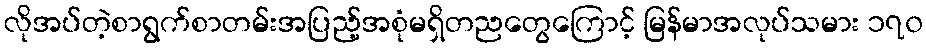
လိုအပ်တဲ့စာရွက်စာတမ်းအပြည့်အစုံမရှိတညတွေကြောင့် မြန်မာအလုပ်သမား ၁၇၀